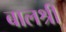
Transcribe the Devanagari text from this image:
बालश्री